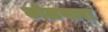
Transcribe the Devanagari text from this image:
कोळणारा